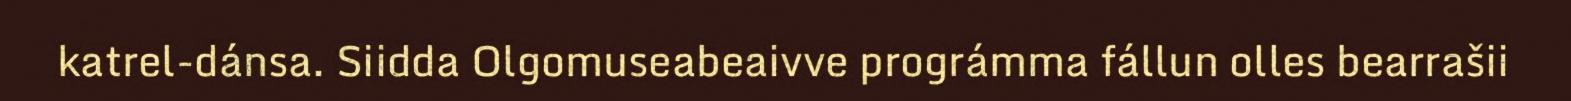
katrel-dánsa. Siidda Olgomuseabeaivve prográmma fállun olles bearrašii